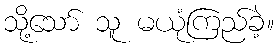
သို့သော် သူ မယုံကြည်ခဲ့။